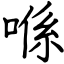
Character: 喺